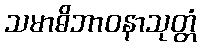
သမာဓိဘာဝနာသုတ္တံ